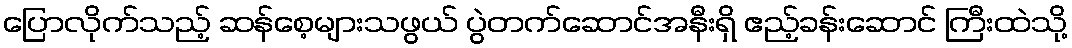
ပြောလိုက်သည့် ဆန်စေ့များသဖွယ် ပွဲတက်ဆောင်အနီးရှိ ဧည့်ခန်းဆောင် ကြီးထဲသို့